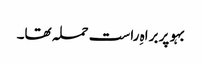
بہو پر براہِ راست حملہ تھا۔